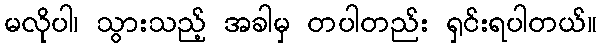
မလိုပါ၊ သွားသည့် အခါမှ တပါတည်း ရှင်းရပါတယ်။